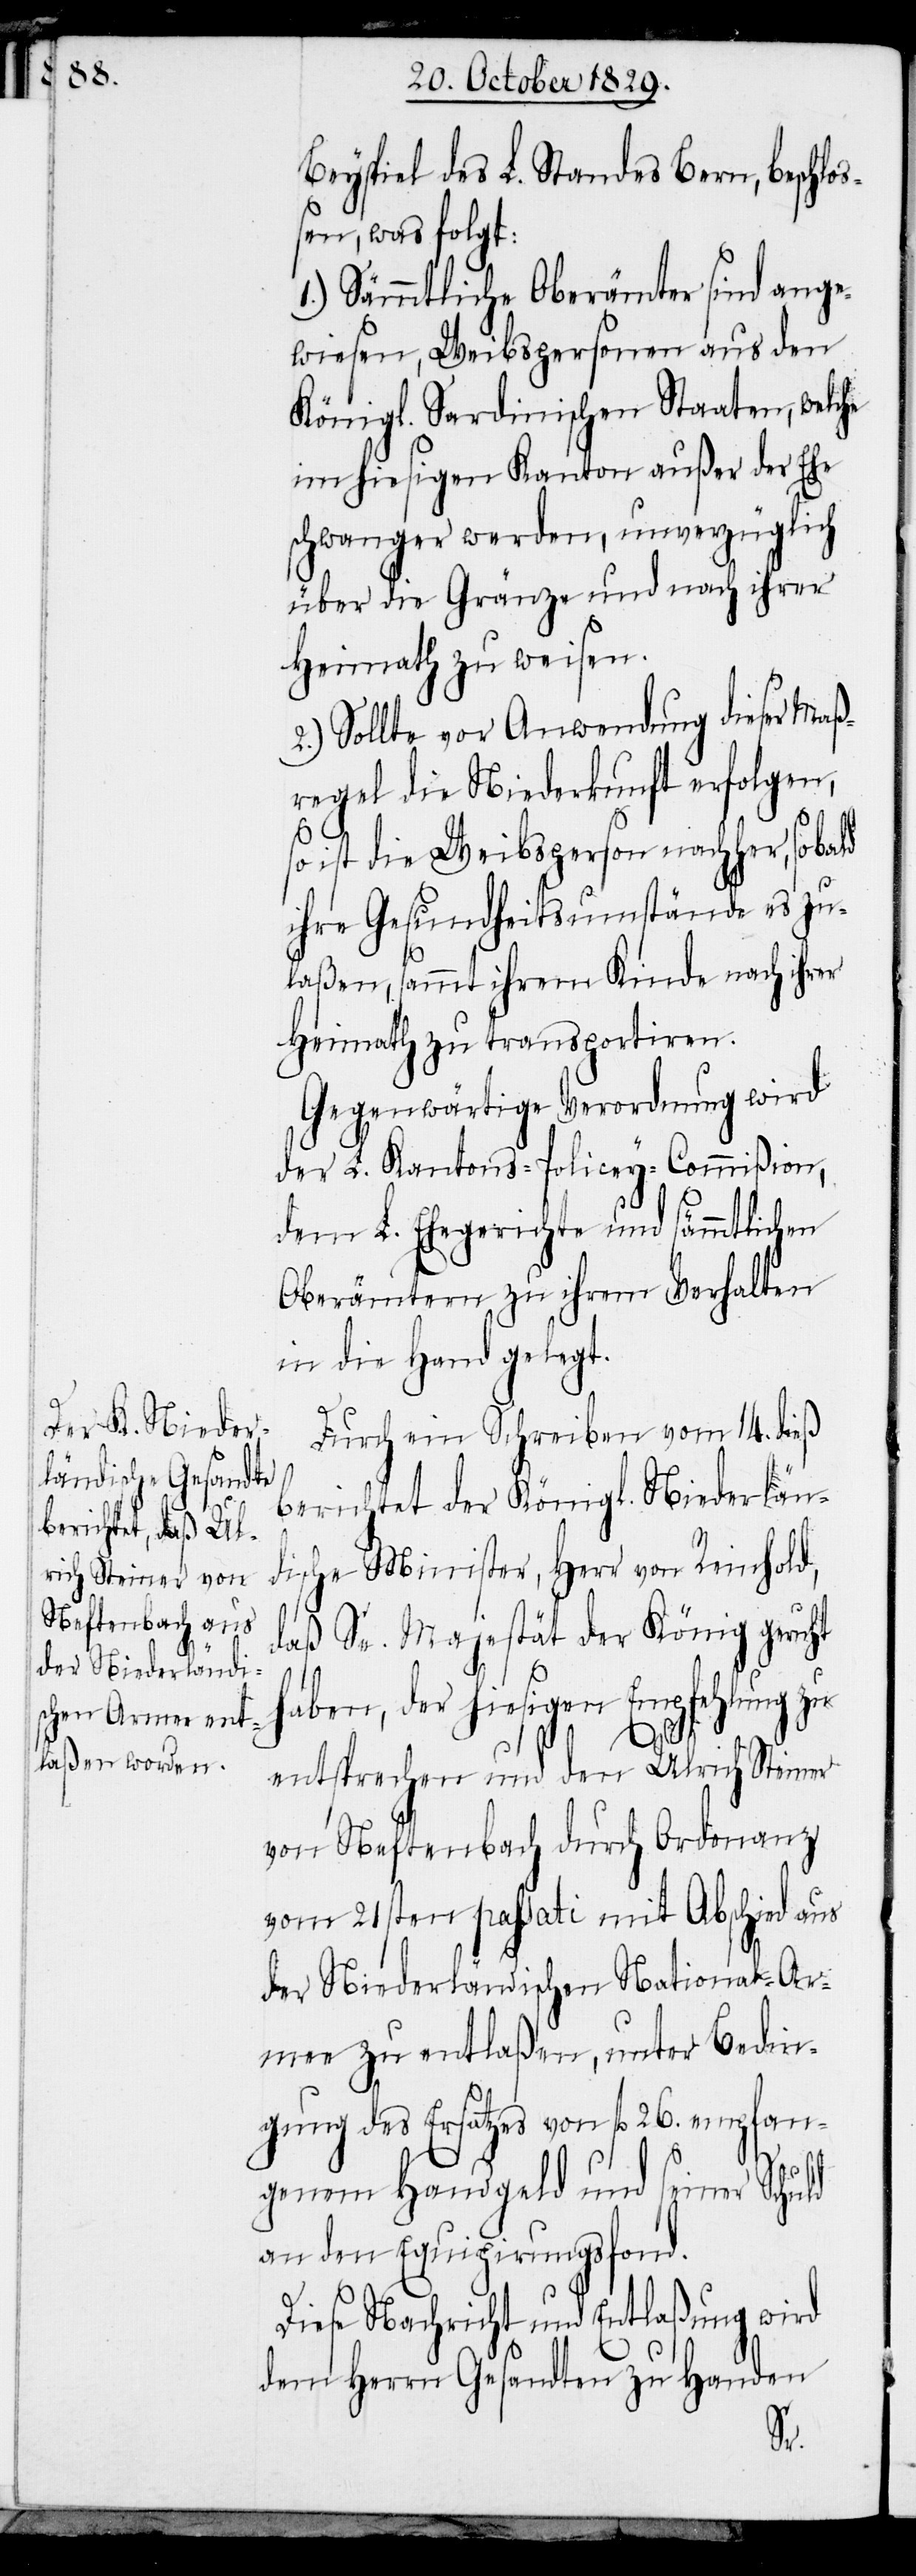
Beyspiel des L. Standes Bern, beschlo¬
ßen, was folgt:
1.) Sämmtliche Oberämter sind ange¬
wiesen, Weibspersonen aus den
Königl. Sardinischen Staaten, welche
im hiesigen Kanton außer der Ehe
schwanger werden, unverzüglich
über die Gränze und nach ihrer
Heimath zu weisen.
2.) Sollte vor Anwendung dieser Maß¬
regel die Niederkunft erfolgen,
so ist die Weibsperson nachher, so bald
ihre Gesundheitsumstände es zu¬
laßen, sammt ihrem Kinde nach ihrer
Heimath zu transportiren.
Gegenwärtige Verordnung wird
der L. Kantons-Policey-Commißion,
dem L. Ehegerichte und sämmtlichen
Oberämtern zu ihrem Verhalten
in die Hand gelegt.
Durch ein Schreiben vom 14. dieß
berichtet der Königl. Niederlän¬
dische Minister, Herr von Reinhold,
daß Se. Majestät der König geruht
haben, der hiesigen Empfehlung zu
entsprechen und den Ulrich Steiner
von Neftenbach durch Ordonanz
vom 21sten passati mit Abschied aus
der Niederländischen National-Ar¬
mee zu entlaßen, unter Bedin¬
gung des Ersatzes von fl. 26. empfan¬
genem Handgeld und seiner Schuld
an den Equipirungsfond.
Diese Nachricht und Entlaßung wird
dem Herrn Gesandten zu Handen